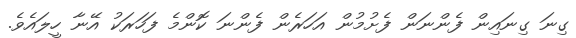
ގިނަ ގިނައިން ފެންނަން ފެށުމުން އަހަރެން ފެންނަ ކޮންމެ ފަހަރަކު އޭނާ ހީލައެވެ.